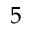
5